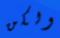
ولكن